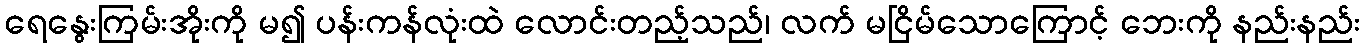
ရေနွေးကြမ်းအိုးကို မ၍ ပန်းကန်လုံးထဲ လောင်းတည့်သည်၊ လက် မငြိမ်သောကြောင့် ဘေးကို နည်းနည်း